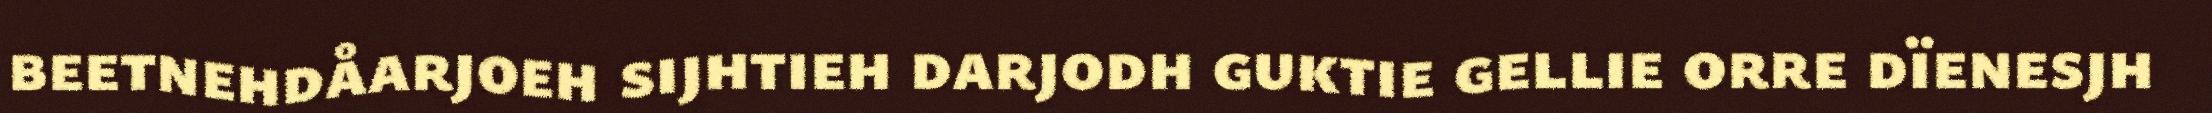
beetnehdåarjoeh sijhtieh darjodh guktie gellie orre dïenesjh